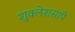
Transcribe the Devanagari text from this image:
शुक्लेशसापै